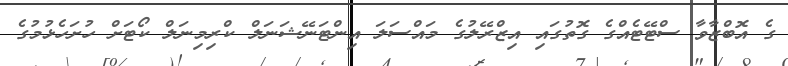
ގެ އޮބްޒާވާ ސްޓޭޓެއްގެ ގޮތުގައި އިޒްރޭލުގެ މައްސަލަ އިންޓަނޭޝަނަލް ކްރިމިނަލް ކޯޓަށް ހުށަހެޅުމުގެ